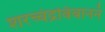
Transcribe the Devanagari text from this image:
शरच्चंद्रबिंबाननं